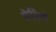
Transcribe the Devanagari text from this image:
घेड़ियों